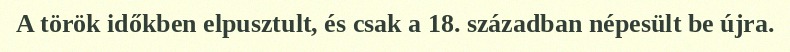
A török időkben elpusztult, és csak a 18. században népesült be újra.